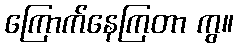
ကြောက်နေကြတာ ကွ။